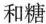
和糖